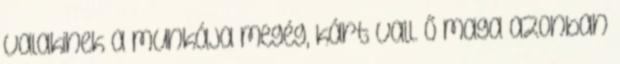
valakinek a munkája megég, kárt vall. Ő maga azonban